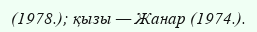
(1978.); қызы — Жанар (1974.).